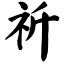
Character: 祈